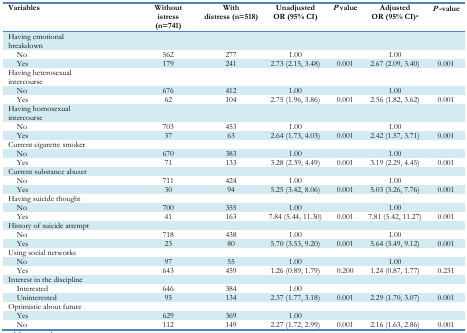
<table><thead><tr><td><b>Variables</b></td><td><b>Without istress (n=741)</b></td><td><b>With distress (n=518)</b></td><td><b>Unadjusted OR (95% CI)</b></td><td><b><i>P</i> value</b></td><td><b>Adjusted OR (95% CI)<sup>a</sup></b></td><td><b><i>P</i>-value</b></td></tr></thead><tbody><tr><td>Having emotional breakdown</td><td></td><td></td><td></td><td></td><td></td><td></td></tr><tr><td>No</td><td>562</td><td>277</td><td>1.00</td><td></td><td>1.00</td><td></td></tr><tr><td>Yes</td><td>179</td><td>241</td><td>2.73 (2.15, 3.48)</td><td>0.001</td><td>2.67 (2.09, 3.40)</td><td>0.001</td></tr><tr><td>Having heterosexual intercourse</td><td></td><td></td><td></td><td></td><td></td><td></td></tr><tr><td>No</td><td>676</td><td>412</td><td>1.00</td><td></td><td>1.00</td><td></td></tr><tr><td>Yes</td><td>62</td><td>104</td><td>2.75 (1.96, 3.86)</td><td>0.001</td><td>2.56 (1.82, 3.62)</td><td>0.001</td></tr><tr><td>Having homosexual intercourse</td><td></td><td></td><td></td><td></td><td></td><td></td></tr><tr><td>No</td><td>703</td><td>453</td><td>1.00</td><td></td><td>1.00</td><td></td></tr><tr><td>Yes</td><td>37</td><td>63</td><td>2.64 (1.73, 4.03)</td><td>0.001</td><td>2.42 (1.57, 3.71)</td><td>0.001</td></tr><tr><td>Current cigarette smoker</td><td></td><td></td><td></td><td></td><td></td><td></td></tr><tr><td>No</td><td>670</td><td>383</td><td>1.00</td><td></td><td>1.00</td><td></td></tr><tr><td>Yes</td><td>71</td><td>133</td><td>3.28 (2.39, 4.49)</td><td>0.001</td><td>3.19 (2.29, 4.45)</td><td>0.001</td></tr><tr><td>Current substance abuser</td><td></td><td></td><td></td><td></td><td></td><td></td></tr><tr><td>No</td><td>711</td><td>424</td><td>1.00</td><td></td><td>1.00</td><td></td></tr><tr><td>Yes</td><td>30</td><td>94</td><td>5.25 (3.42, 8.06)</td><td>0.001</td><td>5.03 (3.26, 7.76)</td><td>0.001</td></tr><tr><td>Having suicide thought</td><td></td><td></td><td></td><td></td><td></td><td></td></tr><tr><td>No</td><td>700</td><td>355</td><td>1.00</td><td></td><td>1.00</td><td></td></tr><tr><td>Yes</td><td>41</td><td>163</td><td>7.84 (5.44, 11.30)</td><td>0.001</td><td>7.81 (5.42, 11.27)</td><td>0.001</td></tr><tr><td>History of suicide attempt</td><td></td><td></td><td></td><td></td><td></td><td></td></tr><tr><td>No</td><td>718</td><td>438</td><td>1.00</td><td></td><td>1.00</td><td></td></tr><tr><td>Yes</td><td>23</td><td>80</td><td>5.70 (3.53, 9.20)</td><td>0.001</td><td>5.64 (3.49, 9.12)</td><td>0.001</td></tr><tr><td>Using social networks</td><td></td><td></td><td></td><td></td><td></td><td></td></tr><tr><td>No</td><td>97</td><td>55</td><td>1.00</td><td></td><td>1.00</td><td></td></tr><tr><td>Yes</td><td>643</td><td>459</td><td>1.26 (0.89, 1.79)</td><td>0.200</td><td>1.24 (0.87, 1.77)</td><td>0.231</td></tr><tr><td>Interest in the discipline</td><td></td><td></td><td></td><td></td><td></td><td></td></tr><tr><td>Interested</td><td>646</td><td>384</td><td>1.00</td><td></td><td></td><td></td></tr><tr><td>Uninterested</td><td>95</td><td>134</td><td>2.37 (1.77, 3.18)</td><td>0.001</td><td>2.29 (1.70, 3.07)</td><td>0.001</td></tr><tr><td>Optimistic about future</td><td></td><td></td><td></td><td></td><td></td><td></td></tr><tr><td>Yes</td><td>629</td><td>369</td><td>1.00</td><td></td><td></td><td></td></tr><tr><td>No</td><td>112</td><td>149</td><td>2.27 (1.72, 2.99)</td><td>0.001</td><td>2.16 (1.63, 2.86)</td><td>0.001</td></tr></tbody></table>